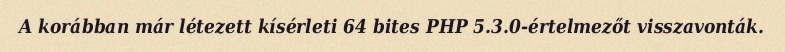
A korábban már létezett kísérleti 64 bites PHP 5.3.0-értelmezőt visszavonták.